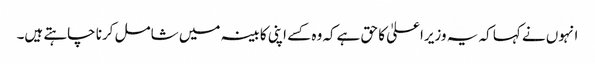
انہوں نے کہا کہ یہ وزیراعلیٰ کا حق ہےکہ وہ کسے اپنی کابینہ میں شامل کرنا چاہتے ہیں۔